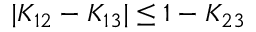
| K _ { 1 2 } - K _ { 1 3 } | \le 1 - K _ { 2 3 }